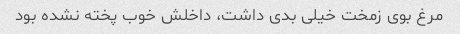
مرغ بوی زمخت خیلی بدی داشت، داخلش خوب پخته نشده بود